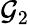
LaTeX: \mathcal{G}_{2}